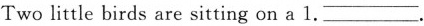
Two little birds are sitting on a 1. ___